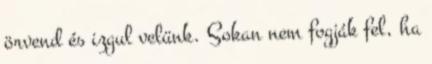
örvend és izgul velünk. Sokan nem fogják fel, ha